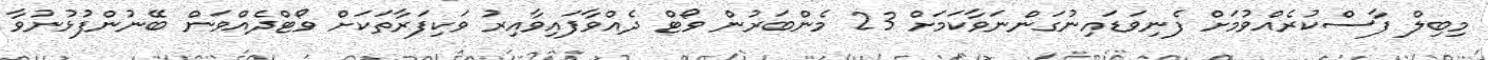
މިބިލް ފާސްކުރެއްވުމަށް ފެނިވަޑައިނުގަންނަވާކަމަށް 23 މެންބަރުން ވޯޓް ދެއްވާފައިވާއިރު ވަކިފަރާތަކަށް ވޯޓްދެއްވަން ބޭނުންފުޅުނުވާ